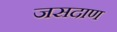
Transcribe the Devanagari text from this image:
जसदाण